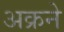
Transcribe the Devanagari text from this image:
अक्रने